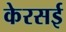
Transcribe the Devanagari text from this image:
केरसई